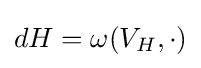
dH=\omega (V_{H},\cdot )